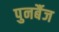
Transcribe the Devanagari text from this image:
पुनर्बैज